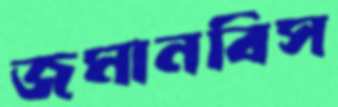
জমানবিস